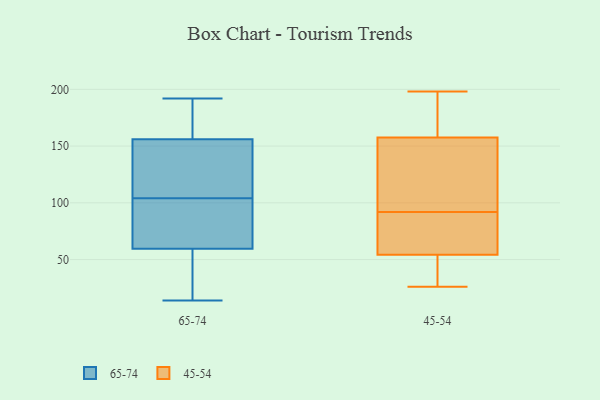
{"axis": {"x": "Page Views", "y": "Value"}, "legend": ["45-54", "65-74"], "data": [{"x": "", "y": 192, "type": "65-74"}, {"x": "", "y": 30, "type": "65-74"}, {"x": "", "y": 158, "type": "65-74"}, {"x": "", "y": 175, "type": "65-74"}, {"x": "", "y": 106, "type": "65-74"}, {"x": "", "y": 25, "type": "65-74"}, {"x": "", "y": 102, "type": "65-74"}, {"x": "", "y": 58, "type": "65-74"}, {"x": "", "y": 160, "type": "65-74"}, {"x": "", "y": 98, "type": "65-74"}, {"x": "", "y": 143, "type": "65-74"}, {"x": "", "y": 119, "type": "65-74"}, {"x": "", "y": 14, "type": "65-74"}, {"x": "", "y": 61, "type": "65-74"}, {"x": "", "y": 91, "type": "65-74"}, {"x": "", "y": 154, "type": "65-74"}, {"x": "", "y": 187, "type": "45-54"}, {"x": "", "y": 92, "type": "45-54"}, {"x": "", "y": 92, "type": "45-54"}, {"x": "", "y": 198, "type": "45-54"}, {"x": "", "y": 133, "type": "45-54"}, {"x": "", "y": 80, "type": "45-54"}, {"x": "", "y": 26, "type": "45-54"}, {"x": "", "y": 49, "type": "45-54"}, {"x": "", "y": 155, "type": "45-54"}, {"x": "", "y": 56, "type": "45-54"}, {"x": "", "y": 132, "type": "45-54"}, {"x": "", "y": 39, "type": "45-54"}, {"x": "", "y": 165, "type": "45-54"}]}